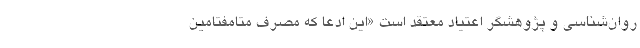
روان‌شناسی و پژوهشگر اعتیاد معتقد است «این ادعا که مصرف متامفتامین